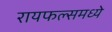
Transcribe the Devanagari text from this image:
रायफल्समध्ये